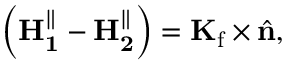
\left( \mathbf { H _ { 1 } ^ { \parallel } } - \mathbf { H _ { 2 } ^ { \parallel } } \right) = \mathbf { K } _ { \mathrm { f } } \times { \hat { \mathbf { n } } } ,